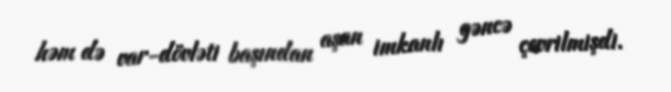
həm də var-dövləti başından aşan imkanlı gəncə çevrilmişdi.